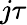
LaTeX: j\tau